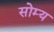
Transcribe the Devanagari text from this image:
सोम्य